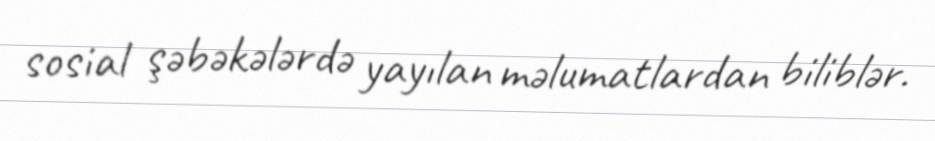
sosial şəbəkələrdə yayılan məlumatlardan biliblər.